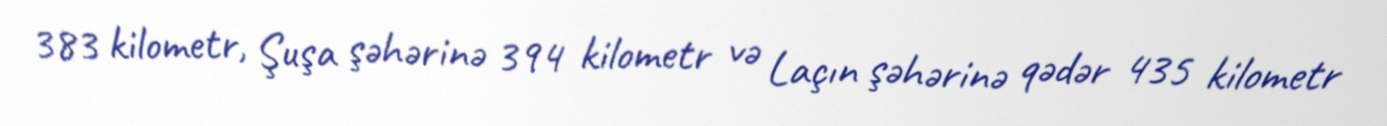
383 kilometr, Şuşa şəhərinə 394 kilometr və Laçın şəhərinə qədər 435 kilometr